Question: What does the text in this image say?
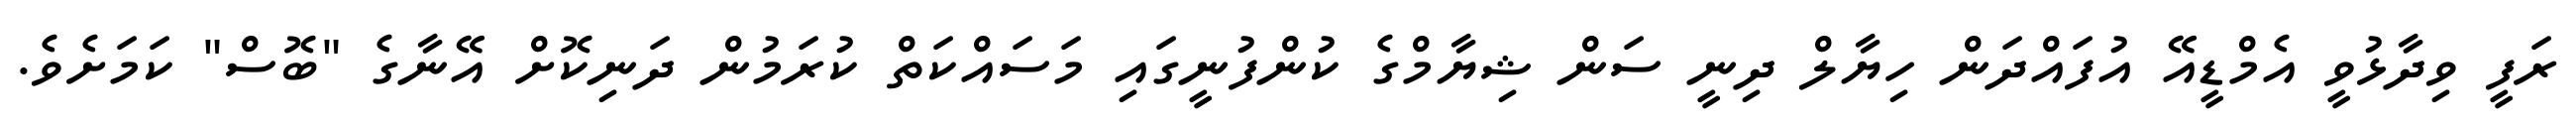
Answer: ރަފީ ވިދާޅުވީ އެމްޑީއޭ އުފައްދަން ހިޔާލް ދިނީ ސަން ޝިޔާމްގެ ކުންފުނީގައި މަސައްކަތް ކުރަމުން ދަނިކޮށް އޭނާގެ "ބޮސް" ކަމަށެވެ.